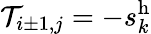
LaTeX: \mathcal{T}_{i\pm 1,j}=-s_{k}^{\mathrm{h}}